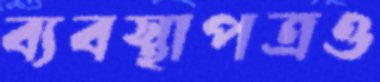
ব্যবস্থাপত্রও